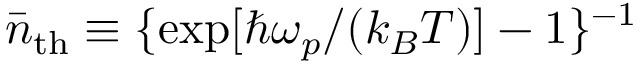
{ \bar { n } } _ { \mathrm { t h } } \equiv \{ \exp [ \hbar \omega _ { p } / ( k _ { B } T ) ] - 1 \} ^ { - 1 }